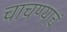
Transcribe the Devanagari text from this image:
चाचण्याचं